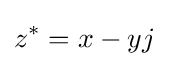
z^{*}=x-yj